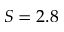
S = 2 . 8